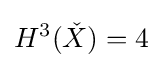
H^{3}({\check {X}})=4